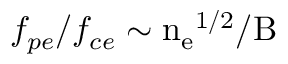
f _ { p e } / f _ { c e } \sim \mathrm { n _ { e } } ^ { 1 / 2 } / \mathrm { B }